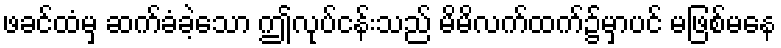
ဖခင်ထံမှ ဆက်ခံခဲ့သော ဤလုပ်ငန်းသည် မိမိလက်ထက်၌မှာပင် မဖြစ်မနေ